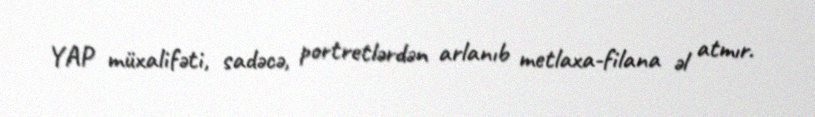
YAP müxalifəti, sadəcə, portretlərdən arlanıb metlaxa-filana əl atmır.